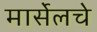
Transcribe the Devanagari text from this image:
मार्सेलचे